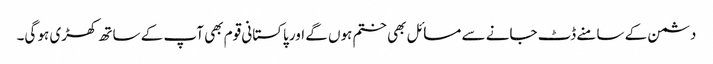
دشمن کے سامنے ڈٹ جانے سے مسائل بھی ختم ہوں گے اور پاکستانی قوم بھی آپ کے ساتھ کھڑی ہو گی۔